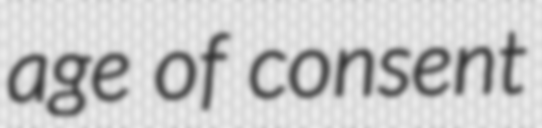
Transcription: age of consent